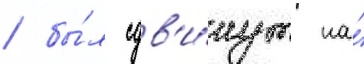
/ бы́л сдв'и́нут на́